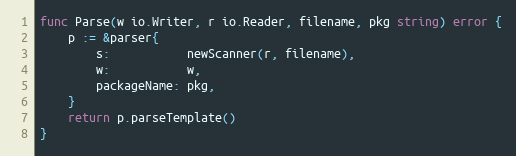
Language: Go
func Parse(w io.Writer, r io.Reader, filename, pkg string) error {
	p := &parser{
		s:           newScanner(r, filename),
		w:           w,
		packageName: pkg,
	}
	return p.parseTemplate()
}